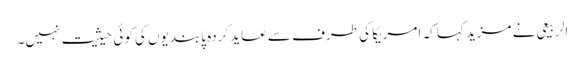
الربیعی نے مزید کہا کہ امریکا کی طرف سے عاید کردہ پابندیوں کی کوئی حیثیت نہیں۔